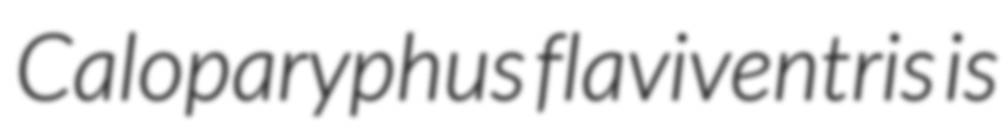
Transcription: Caloparyphus flaviventris is